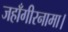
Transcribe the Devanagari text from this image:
जहाँगीरनामा।